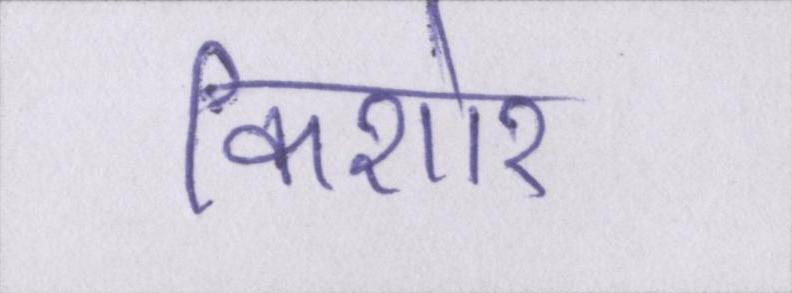
किशोर